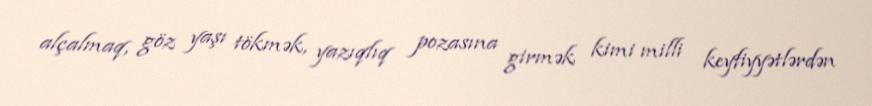
alçalmaq, göz yaşı tökmək, yazıqlıq pozasına girmək kimi milli keyfiyyətlərdən